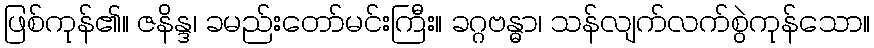
ဖြစ်ကုန်၏။ ဇနိန္ဒ၊ ခမည်းတော်မင်းကြီး။ ခဂ္ဂဗန္ဓာ၊ သန်လျက်လက်စွဲကုန်သော။